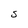
Character: S